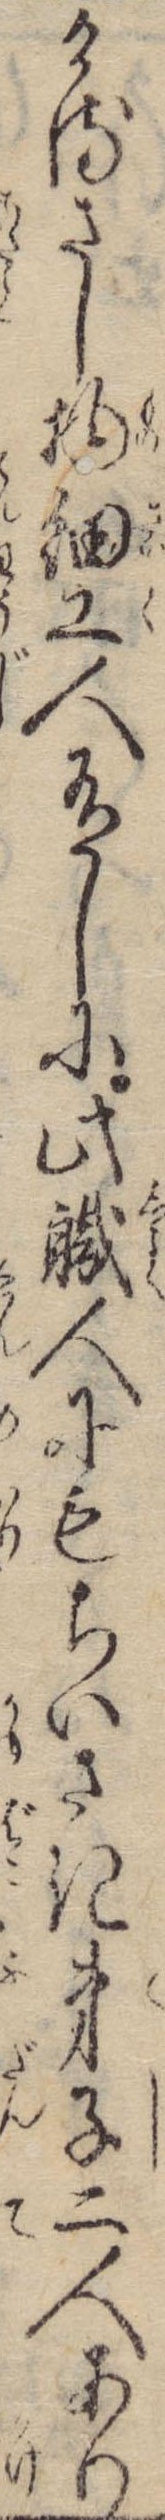
けるさし物細工人有しに此職人にもちいさき弟子二人あり